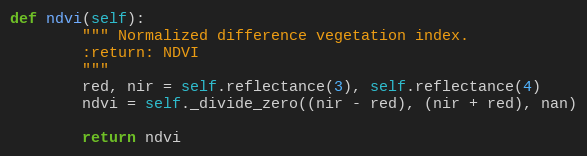
Language: Python
def ndvi(self):
        """ Normalized difference vegetation index.
        :return: NDVI
        """
        red, nir = self.reflectance(3), self.reflectance(4)
        ndvi = self._divide_zero((nir - red), (nir + red), nan)

        return ndvi